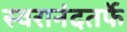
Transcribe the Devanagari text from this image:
स्वरानंदतर्फे